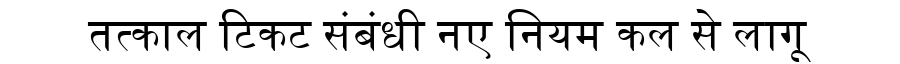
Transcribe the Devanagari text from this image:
तत्काल टिकट संबंधी नए नियम कल से लागू